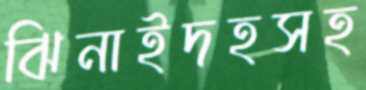
ঝিনাইদহসহ